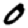
Digit: 0